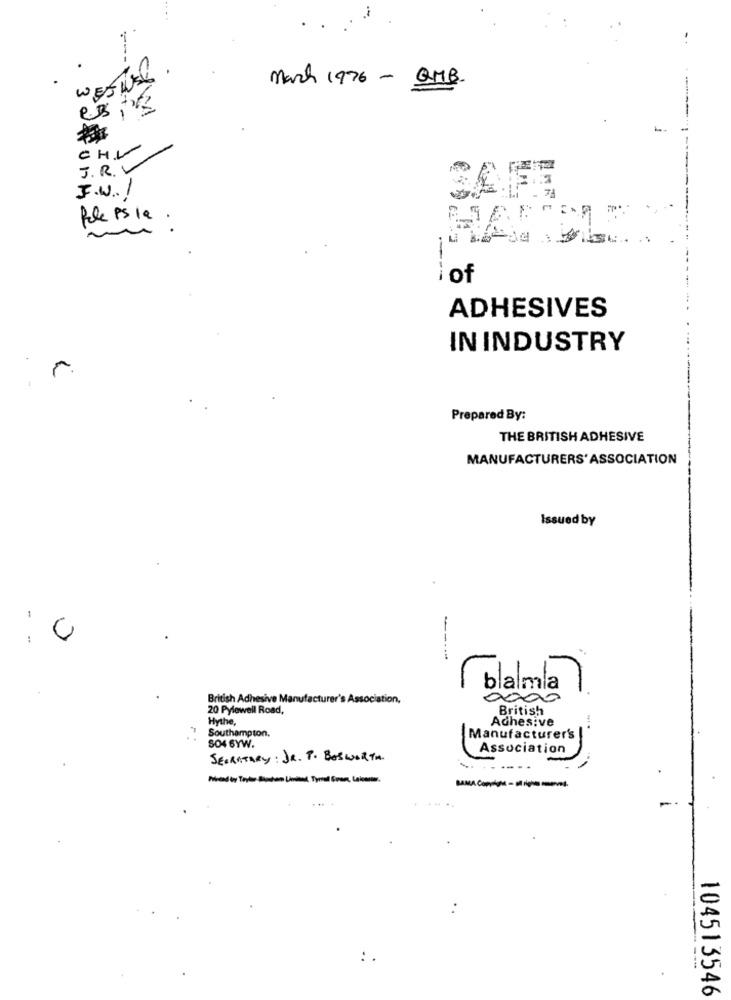
WEST
March 1976 - QMB.
CHL
J. R. V
F.W. !
fele Ps la .
i of
---
ADHESIVES
IN INDUSTRY
r.
Prepared By:
THE BRITISH ADHESIVE
MANUFACTURERS'ASSOCIATION
Issued by
1
:
blalma]
British Adhesive Manufacturer's Association,
0000
20 Pylewell Road,
British
Hythe,
Adhesive
Southampton.
Manufacturer's
SO4 6YW.
Association
SECRETARY: JR. T. BOSWORTH.
:
104513546